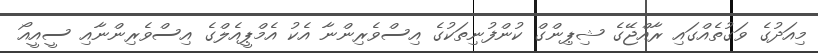
މިއަދުގެ ވަގުތެއްގައި ރާއްޖޭގެ ޝިޕިންގް ކުންފުނިތަކުގެ އިސްވެރިންނާ އެކު އެމްޕީއެލްގެ އިސްވެރިންނާއި ސީއީއޯ